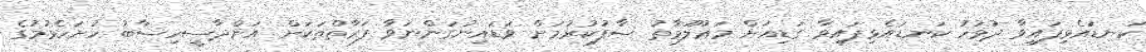
ކަނޑައެޅިފައިވާ ދުވަހު ކަނޑައެޅިފައިވާ ގަޑިއަށް މަޢުލޫމާތު ސާފުކުރުމަށް ވަޑައިނުގަންނަވާ ފަރާތްތަކަށް އަންދާސީހިސާބު ހުށަހެޅުމުގެ